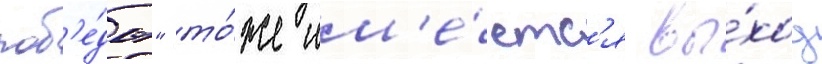
поб'е́ды" то́же им'е́етс'я вы́ход